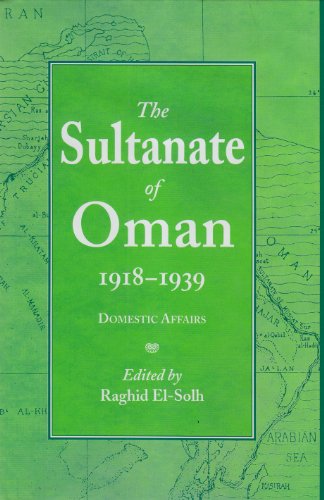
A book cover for The Sultanate of Oman 1918-1939: Part II; Raghid El-Sohl; History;